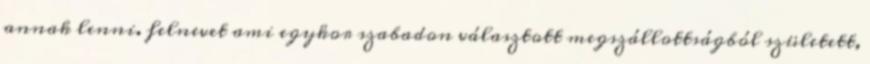
annak lenni. felnevet ami egykor szabadon választott megszállottságból született,